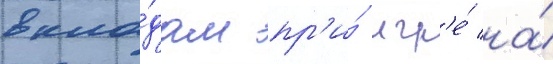
вкла́дам пр'и́ игр'е́ на́